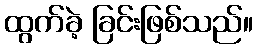
ထွက်ခဲ့ ခြင်းဖြစ်သည်။